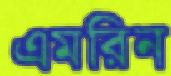
এমরিন